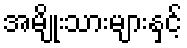
အမျိုးသားများနှင့်